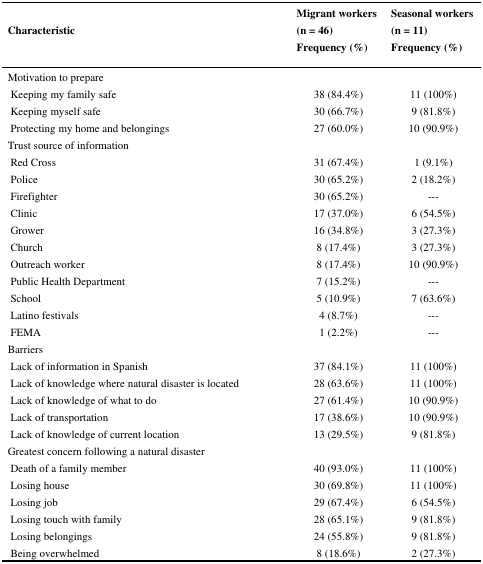
| <ROWSPAN=3-COLSPAN=2> Characteristic | Migrant workers | Seasonal workers |
 | (n = 46) | (n = 11) |
 | Frequency (%) | Frequency (%) |
 | --- | --- | --- | --- |
 | <COLSPAN=2> Motivation to prepare |  |  |
 |  | Keeping my family safe | 38 (84.4%) | 11 (100%) |
 |  | Keeping myself safe | 30 (66.7%) | 9 (81.8%) |
 |  | Protecting my home and belongings | 27 (60.0%) | 10 (90.9%) |
 | <COLSPAN=2> Trust source of information |  |  |
 |  | Red Cross | 31 (67.4%) | 1 (9.1%) |
 |  | Police | 30 (65.2%) | 2 (18.2%) |
 |  | Firefighter | 30 (65.2%) | --- |
 |  | Clinic | 17 (37.0%) | 6 (54.5%) |
 |  | Grower | 16 (34.8%) | 3 (27.3%) |
 |  | Church | 8 (17.4%) | 3 (27.3%) |
 |  | Outreach worker | 8 (17.4%) | 10 (90.9%) |
 |  | Public Health Department | 7 (15.2%) | --- |
 |  | School | 5 (10.9%) | 7 (63.6%) |
 |  | Latino festivals | 4 (8.7%) | --- |
 |  | FEMA | 1 (2.2%) | --- |
 | <COLSPAN=2> Barriers |  |  |
 |  | Lack of information in Spanish | 37 (84.1%) | 11 (100%) |
 |  | Lack of knowledge where natural disaster is located | 28 (63.6%) | 11 (100%) |
 |  | Lack of knowledge of what to do | 27 (61.4%) | 10 (90.9%) |
 |  | Lack of transportation | 17 (38.6%) | 10 (90.9%) |
 |  | Lack of knowledge of current location | 13 (29.5%) | 9 (81.8%) |
 | <COLSPAN=2> Greatest concern following a natural disaster |  |  |
 |  | Death of a family member | 40 (93.0%) | 11 (100%) |
 |  | Losing house | 30 (69.8%) | 11 (100%) |
 |  | Losing job | 29 (67.4%) | 6 (54.5%) |
 |  | Losing touch with family | 28 (65.1%) | 9 (81.8%) |
 |  | Losing belongings | 24 (55.8%) | 9 (81.8%) |
 |  | Being overwhelmed | 8 (18.6%) | 2 (27.3%) |